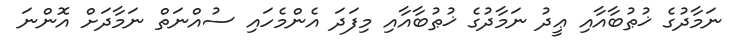
ނަމާދުގެ ޚުޠުބާއާއި ޢީދު ނަމާދުގެ ޚުޠުބާއާއި މިފަދަ އެންމެހައި ސުއްނަތް ނަމާދަށް އޮންނަ